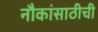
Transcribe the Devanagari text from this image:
नौकांसाठीची